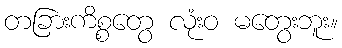
တခြားကိစ္စတွေ လုံးဝ မတွေးဘူး။